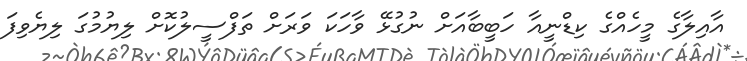
އާއިލާގެ މީހެއްގެ ކިޑްނީއާ ހަބީބާއަށް ނުގުޅޭ ވާހަކަ ވަރަށް ތަފްސީލުކޮށް ލިޔުމުގަ ލިޔެވިފަ